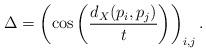
LaTeX: \begin{align*}\Delta= \left( \cos \left( \frac{d_{X}(p_i,p_j)}{t} \right) \right)_{i,j}.\end{align*}